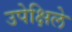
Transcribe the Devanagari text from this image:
उपेक्षिले